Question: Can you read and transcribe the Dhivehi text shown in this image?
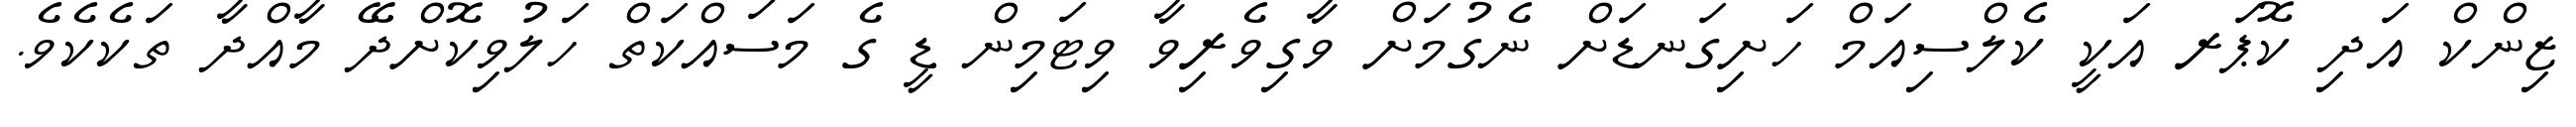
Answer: ޒިންކް އަދި ކޮޕަރ އަކީ ކެލްސިއަމް ހަށިގަނޑަށް ނެގުމަށް ވާގިވެރިވާ ވިޓަމިން ޑީ ގެ މަސައްކަތް ހަލުވިކޮށްދޭ މާއްދާ ތަކެކެވެ.